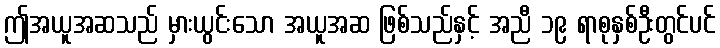
ဤအယူအဆသည် မှားယွင်းသော အယူအဆ ဖြစ်သည်နှင့် အညီ ၁၉ ရာစုနှစ်ဦးတွင်ပင်